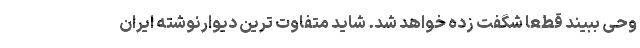
وحی ببیند قطعا شگفت زده خواهد شد. شاید متفاوت ترین دیوارنوشته ایران